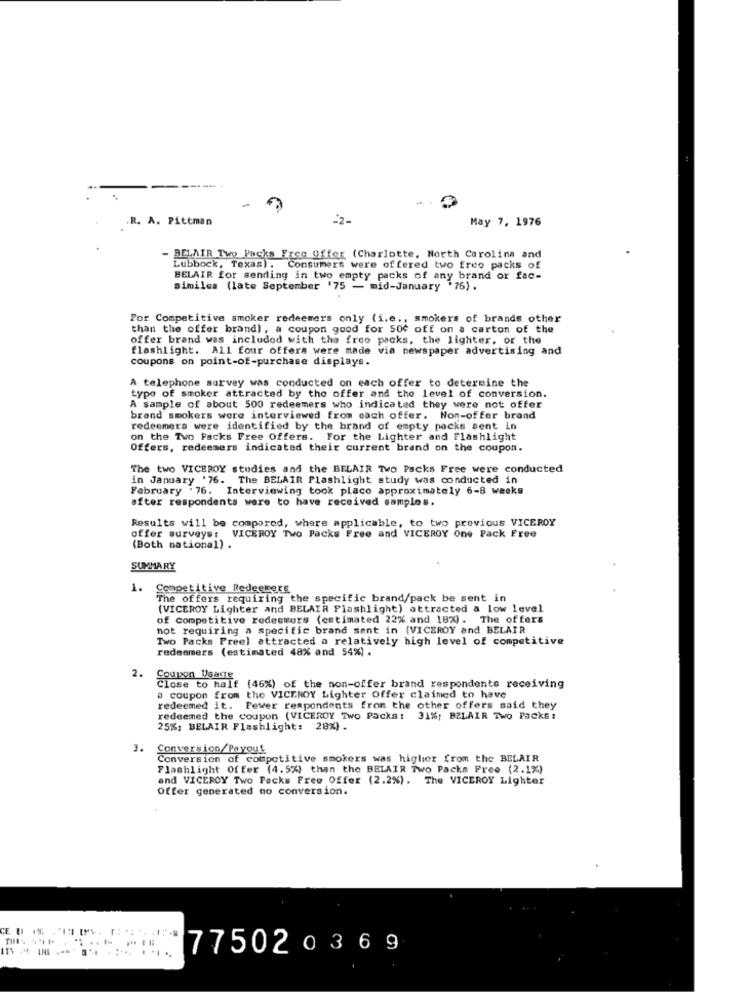
.R. A. Pittman
-2-
May 7, 1976
- BELAIR Two Packs Free Offer (Charlotte, North Carolina and
Lubbock, Texas). Consumers were offered two free packs of
BELAIR for sending in two empty packs of any brand or fac-
similes (late September '75 - mid-January .76).
For Competitive smoker redeemers only (i.e ., smokers of brands other
than the offer brand), a coupon good for Soc off on a carton of the
offer brand was included with the free packs, the lighter, or the
flashlight. All four offers were made via newspaper advertising and
coupons on point-of-purchase displays.
A telephone survey was conducted on each offer to determine the
type of smoker attracted by the offer and the level of conversion.
A sample of about 500 redeemers who indicated they were not offer
brand smokers were interviewed from each offer. Non-offer brand
redeemers were identified by the brand of empty packs sent in
on the Two Packs Free Offers. For the Lighter and Flashlight
Offers, redeemers indicated their current brand on the coupon.
The two VICEROY studies and the BELAIR Two Packs Free were conducted
in January '76. The BELAIR Plashlight study was conducted in
February .76. Interviewing took place approximately 6-8 weeks
after respondents were to have received samples.
Results will be compared, where applicable, to two previous VICEROY
offer surveys: VICEROY Two Packs Free and VICEROY One Pack Free
(Both national) .
SUMMARY
1.
Competitive Redeemerg
The offers requiring the specific brand/pack be sent in
(VICEROY Lighter and BELAIR Flashlight) attracted a low level
of competitive redeemors (estimated 22% and 18%). The offers
not requiring a specific brand sent in (VICEROY and BELAIR
Two Packs Preel attracted a relatively high level of competitive
redeemers (estimated 48% and 54%) .
2.
Coupon Usaste
Close to half (46%) of the non-offer brand respondents receiving
a coupon from the VICEROY Lighter Offer claimed to have
redeemed it. Fever respondents from the other offers said they
redeemed the coupon (VICEROY Two Packs: 31%; BELAIR Two Packs:
25%; BELAIR Flashlight: 28%) .
3.
Conversion/Payout
Conversion of competitive smokers was highier from the BELAIR
Flashlight Offer (4.5%) than the BELAIR Two Packs Free (2.1%)
and VICEROY Two Packs Free Offer (2.2%). The VICEROY Lighter
Offer generated no conversion.
77502 0369